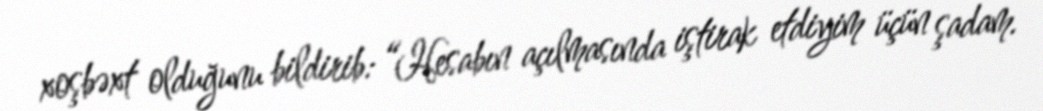
xoşbəxt olduğunu bildirib: “Hesabın açılmasında iştirak etdiyim üçün şadam.